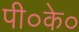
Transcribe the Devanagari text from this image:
पी०के०